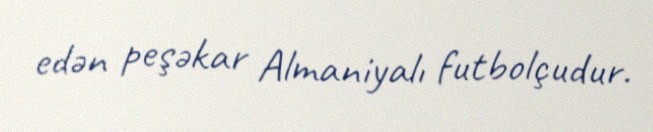
edən peşəkar Almaniyalı futbolçudur.